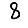
Digit: 8